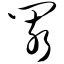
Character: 阂